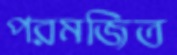
পরমজিত